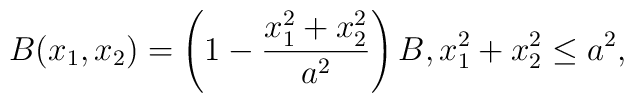
B(x_1, x_2) = \left( 1 - \frac{x^2_1 + x^2_2}{a^2} \right) B,  x^2_1 + x^2_2 \le a^2,